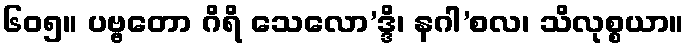
၆၀၅။ ပဗ္ဗတော ဂိရိ သေလော’ဒ္ဒိ၊ နဂါ’စလ၊ သိလုစ္စယာ။